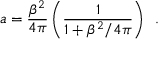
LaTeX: a = \frac { \beta ^ { 2 } } { 4 \pi } \left( \frac { 1 } { 1 + \beta ^ { 2 } / 4 \pi } \right) \, \, \, .